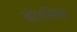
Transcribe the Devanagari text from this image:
वीरमित्र